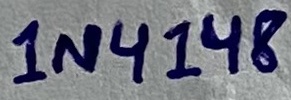
Text: 1N4148